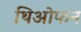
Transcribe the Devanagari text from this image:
थिओफन